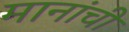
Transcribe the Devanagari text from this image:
मानांची